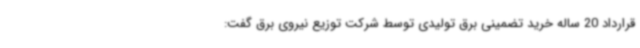
قرارداد 20 ساله خرید تضمینی برق تولیدی توسط شرکت توزیع نیروی برق گفت: